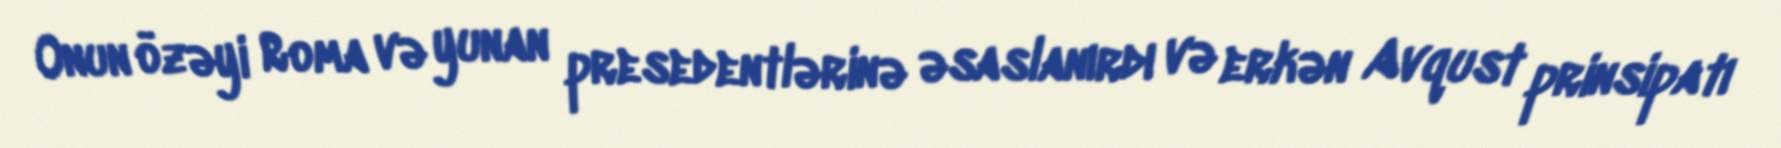
Onun özəyi Roma və yunan presedentlərinə əsaslanırdı və erkən Avqust prinsipatı